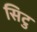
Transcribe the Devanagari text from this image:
सिटु